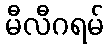
မီလီဂရမ်